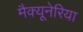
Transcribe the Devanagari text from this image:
मैक्यूनेरिया